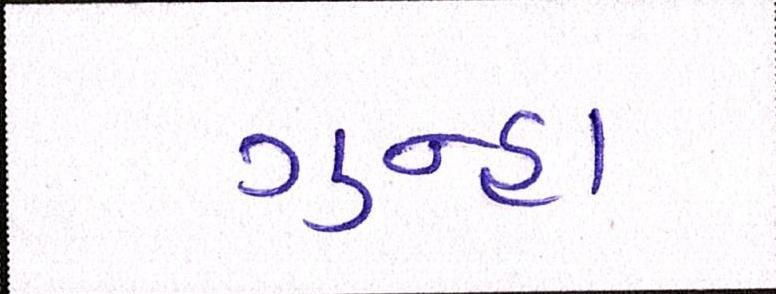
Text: ગુન્હા